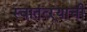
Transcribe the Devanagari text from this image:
स्वातंत्ऱ्याची